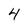
Character: 4